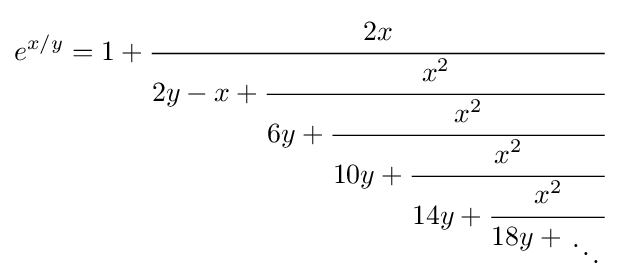
e^{x/y}=1+{\cfrac {2x}{2y-x+{\cfrac {x^{2}}{6y+{\cfrac {x^{2}}{10y+{\cfrac {x^{2}}{14y+{\cfrac {x^{2}}{18y+{{} \atop \ddots }}}}}}}}}}}